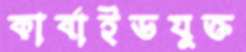
কার্বাইডযুক্ত